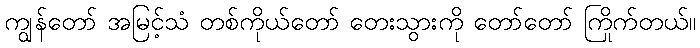
ကျွန်တော် အမြင့်သံ တစ်ကိုယ်တော် တေးသွားကို တော်တော် ကြိုက်တယ်။